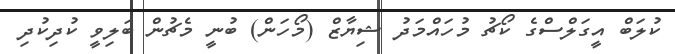
ކުލަބް އީގަލްސްގެ ކޯޗު މުހައްމަދު ޝިޔާޒް (މޯހަން) ބުނީ މެޗުން ބަލިވީ ކުދިކުދި